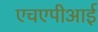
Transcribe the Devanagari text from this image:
एचएपीआई